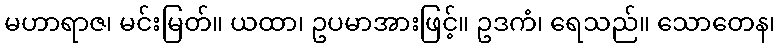
မဟာရာဇ၊ မင်းမြတ်။ ယထာ၊ ဥပမာအားဖြင့်။ ဥဒကံ၊ ရေသည်။ သောတေန၊